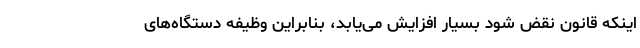
اینکه قانون نقض شود بسیار افزایش می‌یابد، بنابراین وظیفه دستگاه‌های